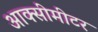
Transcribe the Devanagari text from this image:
आक्सीमीटर